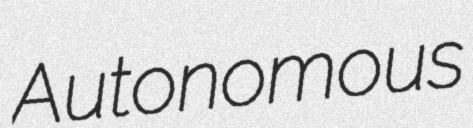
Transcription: Autonomous